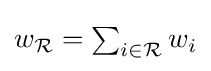
{\textstyle w_{\mathcal {R}}=\sum _{i\in {\mathcal {R}}}w_{i}}